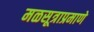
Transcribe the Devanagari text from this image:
मळसूत्राप्रमाणे